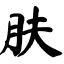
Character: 肤